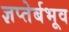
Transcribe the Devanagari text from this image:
ज्ञप्तेर्बभूव